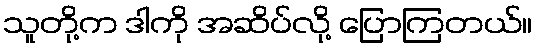
သူတို့က ဒါကို အဆိပ်လို့ ပြောကြတယ်။